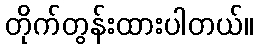
တိုက်တွန်းထားပါတယ်။